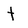
Character: t